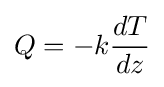
Q=-k{\frac {dT}{dz}}